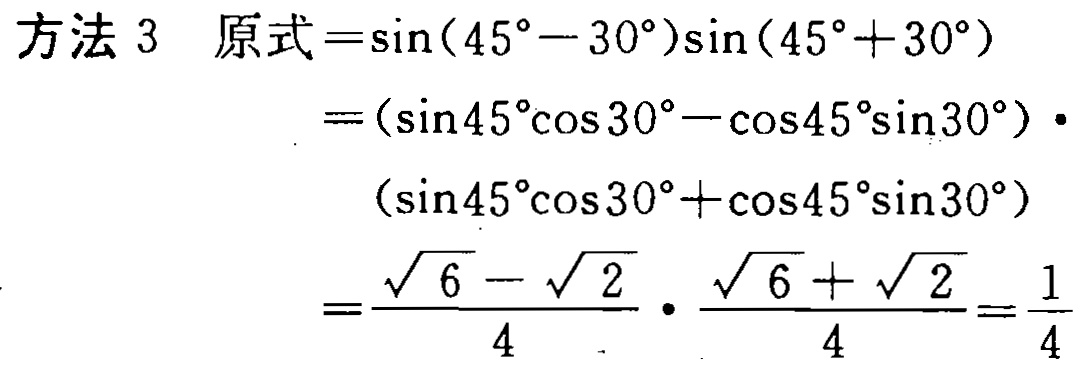
方法 3 原式$=\sin(45^{\circ}-30^{\circ})\sin(45^{\circ}+30^{\circ})$
$=(\sin45^{\circ}\cos30^{\circ}-\cos45^{\circ}\sin30^{\circ})\cdot$
$(\sin45^{\circ}\cos30^{\circ}+\cos45^{\circ}\sin30^{\circ})$
$=\frac{\sqrt{6}-\sqrt{2}}{4}\cdot\frac{\sqrt{6}+\sqrt{2}}{4}=\frac{1}{4}$